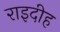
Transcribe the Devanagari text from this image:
राइदीह